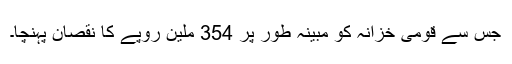
جس سے قومی خزانہ کو مبینہ طور پر 354 ملین روپے کا نقصان پہنچا۔